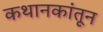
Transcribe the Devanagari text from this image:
कथानकांतून